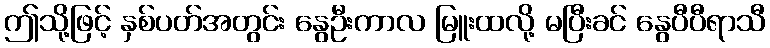
ဤသို့ဖြင့် နှစ်ပတ်အတွင်း နွေဦးကာလ မြူးထလို့ မပြီးခင် နွေပီပီရာသီ